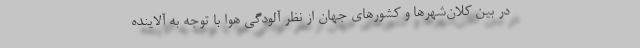
در بین کلان‌شهرها و کشورهای جهان از نظر آلودگی هوا با توجه به آلاینده